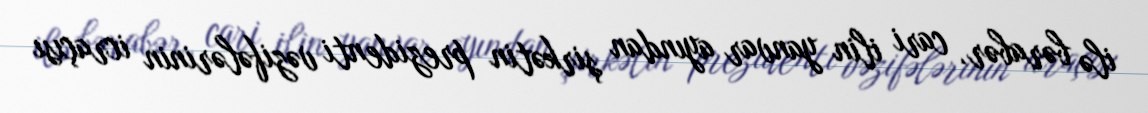
ilə bərabər, cari ilin yanvar ayından şirkətin prezidenti vəzifələrinin icraçısı